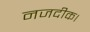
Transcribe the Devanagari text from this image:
नजदीक।